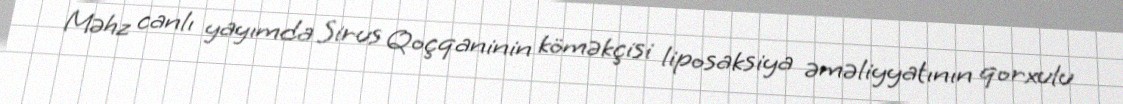
Məhz canlı yayımda Sirus Qoçqaninin köməkçisi liposaksiya əməliyyatının qorxulu